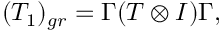
( T _ { 1 } ) _ { g r } = \Gamma ( T \otimes I ) \Gamma ,